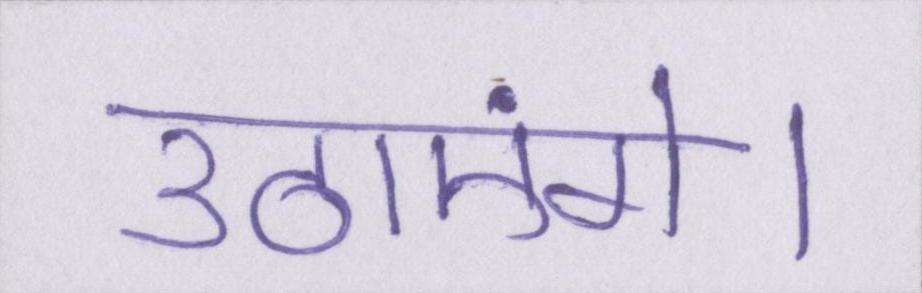
उठाएंगे।